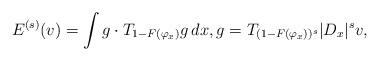
LaTeX: \begin{align*}E^{(s)}(v) = \int g\cdot T_{1 - F(\varphi_x)} g \,dx, g = T_{(1 - F(\varphi_x))^s} | D_x|^s v,\end{align*}